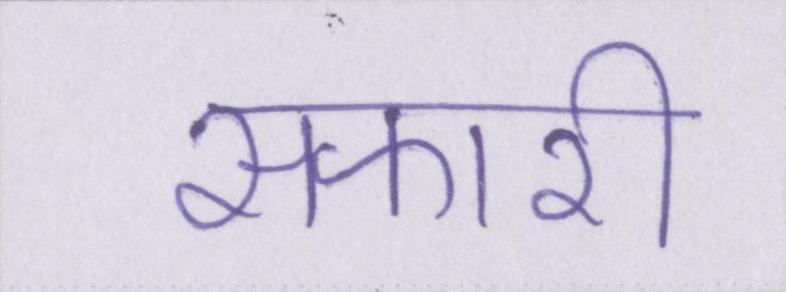
सफारी